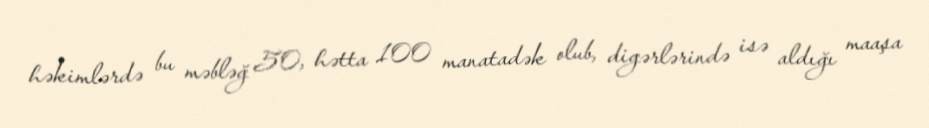
həkimlərdə bu məbləğ 50, hətta 100 manatadək olub, digərlərində isə aldığı maaşa